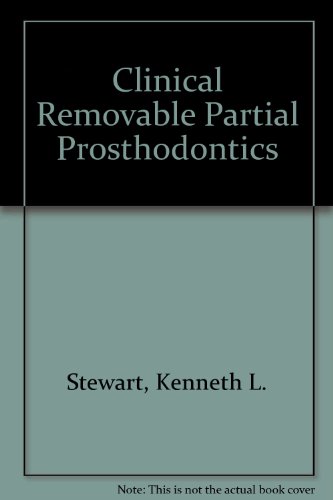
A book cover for Clinical Removable Partial Prosthodontics; Kenneth L. Stewart; Medical Books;